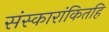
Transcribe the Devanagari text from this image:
संस्कारांकितहि